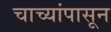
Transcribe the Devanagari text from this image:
चाच्यांपासून